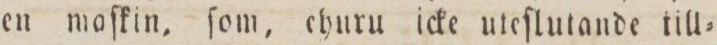
en maſkin, ſom, churu icke uteſlutande till=